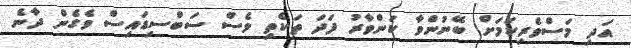
އަދި މަސްވެރިކަމަށް ބޭނުންވާ ކަންވާރު ފަދަ ތަކެތި ވެސް ސަބްސިޑައިސް ވެގެން ދާނެ